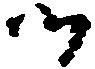
つ